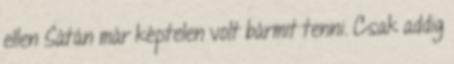
ellen Sátán már képtelen volt bármit tenni. Csak addig